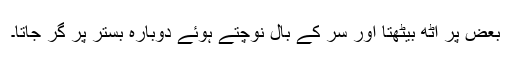
بعض پر اٹھ بیٹھتا اور سر کے بال نوچتے ہوئے دوبارہ بستر پر گر جاتا۔